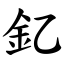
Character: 釔